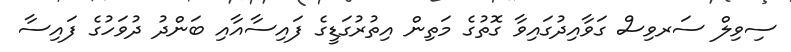
ސިވިލް ސަރވިސް ގަވާއިދުގައިވާ ގޮތުގެ މަތިން އިތުރުގަޑީގެ ފައިސާއާއި ބަންދު ދުވަހުގެ ފައިސާ